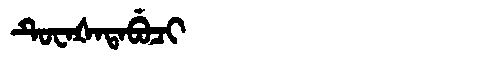
Manchu: ᡨᡠᠸᠠᡧᠠᡨᠠᠪᡠᠴᡳ
Romanization: TUWAŠATABUCI